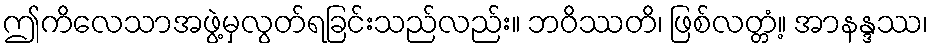
ဤကိလေသာအဖွဲ့မှလွတ်ရခြင်းသည်လည်း။ ဘဝိဿတိ၊ ဖြစ်လတ္တံ့။ အာနန္ဒဿ၊